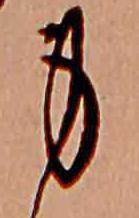
身